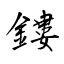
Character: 鏤